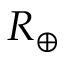
R \sb { \oplus }